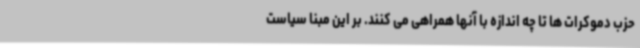
حزب دموکرات ها تا چه اندازه با آنها همراهی می کنند. بر این مبنا سیاست